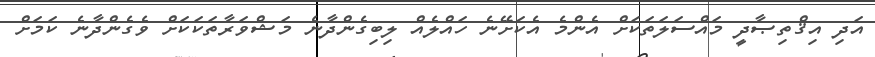
އަދި އިޤްތިޞާދީ މައްސަލަތަކަށް އެންމެ އެކަށޭނެ ހައްލެއް ލިބިގެންދާނެ މަޝްވަރާތަކަކަށް ވެގެންދާނެ ކަމަށް